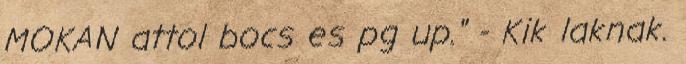
MOKAN attol bocs es pg up." - Kik laknak.